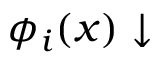
\phi _ { i } ( x ) \downarrow